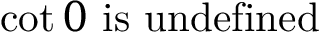
\cot 0 { \mathrm { ~ i s ~ u n d e f i n e d } }